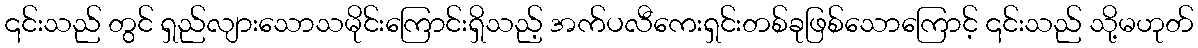
၎င်းသည် တွင် ရှည်လျားသောသမိုင်းကြောင်းရှိသည့် အက်ပလီကေးရှင်းတစ်ခုဖြစ်သောကြောင့် ၎င်းသည် သို့မဟုတ်